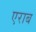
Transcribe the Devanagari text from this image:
एराब